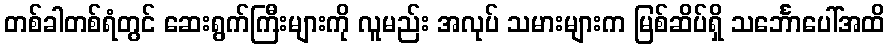
တစ်ခါတစ်ရံတွင် ဆေးရွက်ကြီးများကို လူမည်း အလုပ် သမားများက မြစ်ဆိပ်ရှိ သင်္ဘောပေါ်အထိ